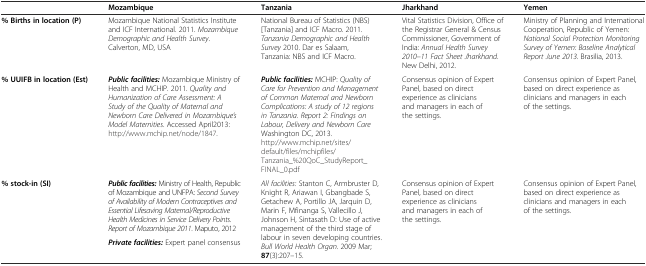
|  | Mozambique | Tanzania | Jharkhand | Yemen |
 | --- | --- | --- | --- | --- |
 | % Births in location (P) | Mozambique National Statistics Institute and ICF International. 2011. Mozambique Demographic and Health Survey. Calverton, MD, USA | National Bureau of Statistics (NBS) [Tanzania] and ICF Macro. 2011. Tanzania Demographic and Health Survey 2010. Dar es Salaam, Tanzania: NBS and ICF Macro. | Vital Statistics Division, Office of the Registrar General & Census Commissioner, Government of India: Annual Health Survey 2010–11 Fact Sheet Jharkhand. New Delhi, 2012. | Ministry of Planning and International Cooperation, Republic of Yemen: National Social Protection Monitoring Survey of Yemen: Baseline Analytical Report June 2013. Brasilia, 2013. |
 | % UUIFB in location (Est) | Public facilities: Mozambique Ministry of Health and MCHIP. 2011. Quality and Humanization of Care Assessment: A Study of the Quality of Maternal and Newborn Care Delivered in Mozambique’s Model Maternities. Accessed April2013: http://www.mchip.net/node/1847. | Public facilities: MCHIP: Quality of Care for Prevention and Management of Common Maternal and Newborn Complications: A study of 12 regions in Tanzania. Report 2: Findings on Labour, Delivery and Newborn Care Washington DC, 2013. http://www.mchip.net/sites/default/files/mchipfiles/Tanzania_%20QoC_StudyReport_FINAL_0.pdf | Consensus opinion of Expert Panel, based on direct experience as clinicians and managers in each of the settings. | Consensus opinion of Expert Panel, based on direct experience as clinicians and managers in each of the settings. |
 | <ROWSPAN=2> % stock-in (SI) | Public facilities: Ministry of Health, Republic of Mozambique and UNFPA: Second Survey of Availability of Modern Contraceptives and Essential Lifesaving Maternal/Reproductive Health Medicines in Service Delivery Points. Report of Mozambique 2011. Maputo, 2012 | <ROWSPAN=2> All facilities: Stanton C, Armbruster D, Knight R, Ariawan I, Gbangbade S, Getachew A, Portillo JA, Jarquin D, Marin F, Mfinanga S, Vallecillo J, Johnson H, Sintasath D: Use of active management of the third stage of labour in seven developing countries. Bull World Health Organ. 2009 Mar;87(3):207–15. | <ROWSPAN=2> Consensus opinion of Expert Panel, based on direct experience as clinicians and managers in each of the settings. | <ROWSPAN=2> Consensus opinion of Expert Panel, based on direct experience as clinicians and managers in each of the settings. |
 | Private facilities: Expert panel consensus |